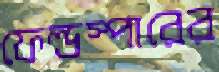
ফেল্ডস্পারের